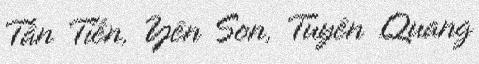
Tân Tiến, Yên Sơn, Tuyên Quang